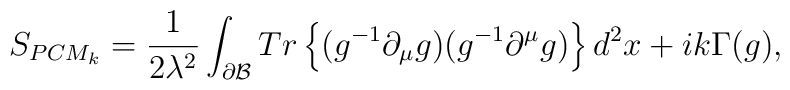
S_{PCM_k} = \frac{1}{2 \lambda^2} \int_{\partial {\cal B}} Tr\left\{(g^{-1} \partial_{\mu} g) ( g^{-1} \partial^{\mu} g) \right\}d^2x + i k \Gamma (g),